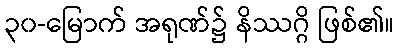
၃၀-မြောက် အရုဏ်၌ နိဿဂ္ဂိ ဖြစ်၏။